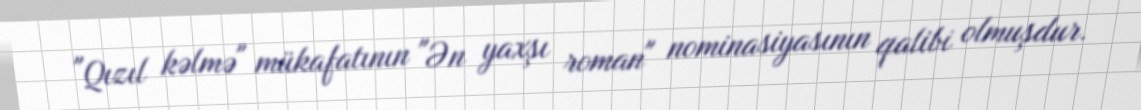
"Qızıl kəlmə" mükafatının "Ən yaxşı roman" nominasiyasının qalibi olmuşdur.